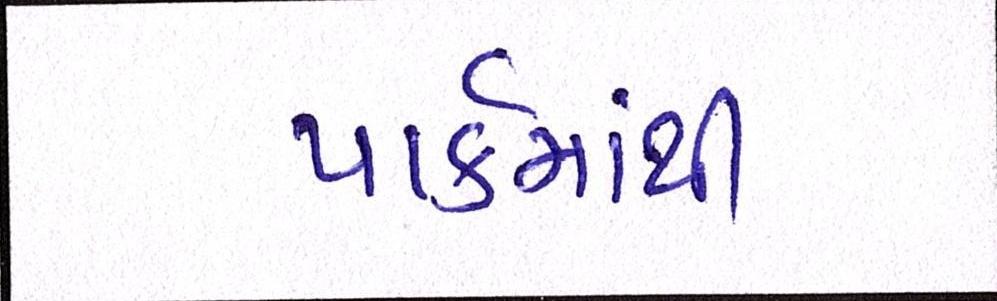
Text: પાર્કમાંથી